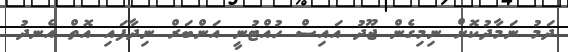
ދަމު ނަމާދުކޮށް ނިމިގެން ޖޫދު އައިސް ހުއްޓުނީ އަންބަރް ނިދާފައި އޮތް އެނދު